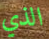
الذي